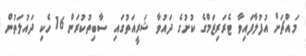
މައްޗަށް އުފުލާފައިވާ ޓެރަރިޒަމްގެ ކުށުގެ ދައުވާ ޝަރީއަތުގައި ސާބިތުކުރަން 16 ހެކި ދައުލަތުން